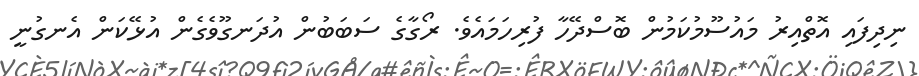
ނިދިފައި އޮތްއިރު މައުސޫމުކަމުން ބޮސްދޭހާ ފުރިހަމައެވެ. ރޯގާގެ ސަބަބުން އުދަނގޫވެގެން އުޅޭކަން އެނގުނީ